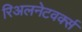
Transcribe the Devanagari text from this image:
रिअलनेटवर्क्स